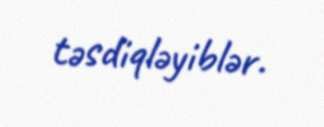
təsdiqləyiblər.